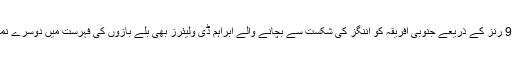
دوسری جانب 90 رنز کے ذریعے جنوبی افریقہ کو اننگز کی شکست سے بچانے والے ابراہم ڈی ولیئرز بھی بلے بازوں کی فہرست میں دوسرے نمبر پر آ گئے ہیں۔